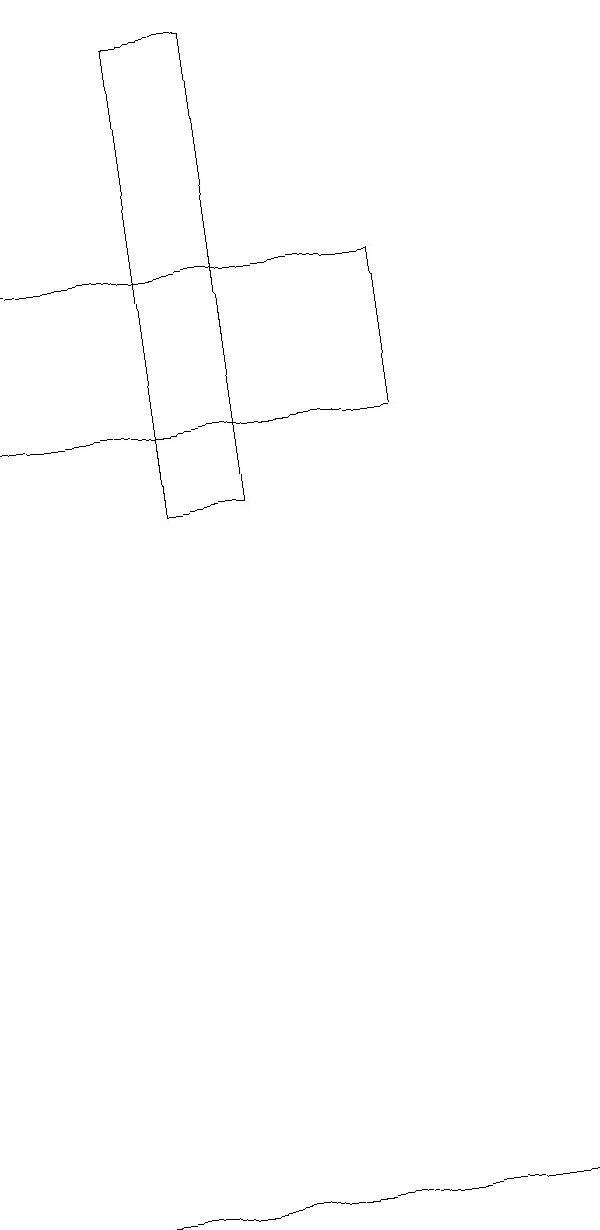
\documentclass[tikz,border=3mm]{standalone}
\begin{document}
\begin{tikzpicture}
\draw (3,10) rectangle (2,13);
\draw (0,1) -- (7,1) -- (2,1) -- cycle;
\draw (5,11) rectangle (0,13);
\draw (3,16) rectangle (2,13);
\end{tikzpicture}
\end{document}